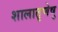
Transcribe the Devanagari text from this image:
शालातृणेषु